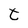
Character: t